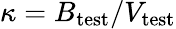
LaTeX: \kappa=B_{\mathrm{test}}/V_{\mathrm{test}}